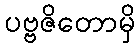
ပဗ္ဗဇိတောမှိ